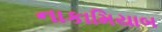
નાકામિયાબ